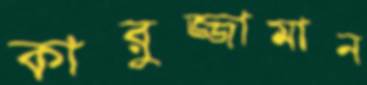
কারুজ্জামান